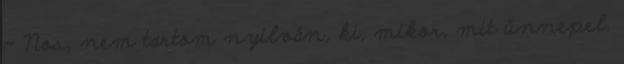
- Nos, nem tartom nyilván, ki, mikor, mit ünnepel.